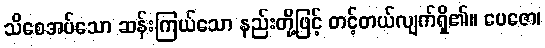
သိစေအပ်သော ဆန်းကြယ်သော နည်းတို့ဖြင့် တင့်တယ်လျက်ရှိ၏။ ပေဇော၊